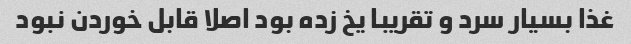
غذا بسیار سرد و تقریبا یخ زده بود اصلا قابل خوردن نبود